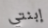
إبنتي